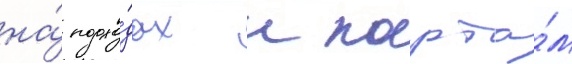
на́ подхо́дах к порта́м